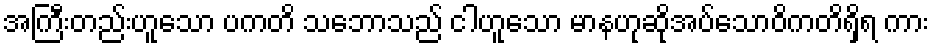
အကြီးတည်းဟူသော ပကတိ သဘောသည် ငါဟူသော မာနဟုဆိုအပ်သောဝိကတိရှိရ ကား